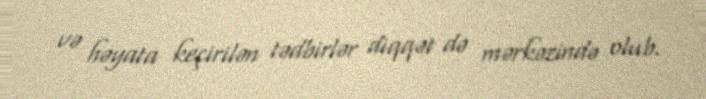
və həyata keçirilən tədbirlər diqqət də mərkəzində olub.